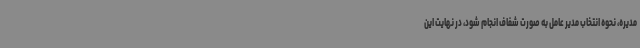
مدیره، نحوه انتخاب مدیر عامل به صورت شفاف انجام شود، در نهایت این